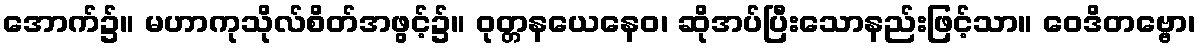
အောက်၌။ မဟာကုသိုလ်စိတ်အဖွင့်၌။ ဝုတ္တနယေနေဝ၊ ဆိုအပ်ပြီးသောနည်းဖြင့်သာ။ ဝေဒိတဗ္ဗော၊